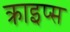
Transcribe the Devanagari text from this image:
क्राइप्स